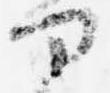
部